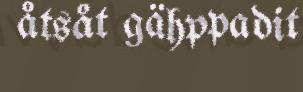
åtsåt gähppadit